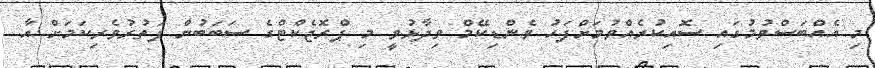
މި އެއްބަސްވުމުގައި ސޮއިކުރެއްވުމަށްފަހު ވެންޑިކޭމް ވިދާޅުވީ މި ޕްރޮޖެކްޓްގެ ސަބަބުން ފަތުރުވެރިކަމަށް އާ